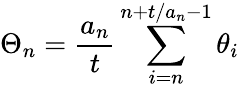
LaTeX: \Theta_{n}={\frac{a_{n}}{t}}\sum_{i=n}^{n+t/a_{n}-1}\theta_{i}